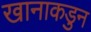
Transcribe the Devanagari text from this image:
खानाकडुन